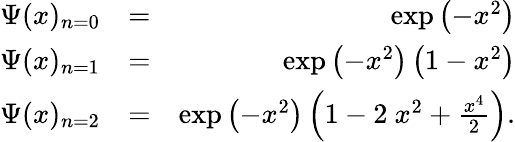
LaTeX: \begin{array}{rlr}{\Psi(x)_{n=0}}&{=}&{\exp\left(-x^{2}\right)}\\ {\Psi(x)_{n=1}}&{=}&{\exp\left(-x^{2}\right)\left(1-x^{2}\right)}\\ {\Psi(x)_{n=2}}&{=}&{\exp\left(-x^{2}\right)\left(1-2~x^{2}+\frac{x^{4}}{2}\right).}\end{array}